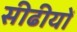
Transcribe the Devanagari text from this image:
सीढीयों